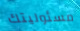
مسئوليتك